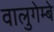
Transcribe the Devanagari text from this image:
वालुगेम्बे